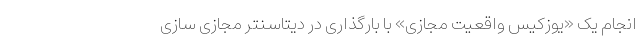
انجام یک «یوزکیس واقعیت مجازی» با بارگذاری در دیتاسنتر مجازی سازی